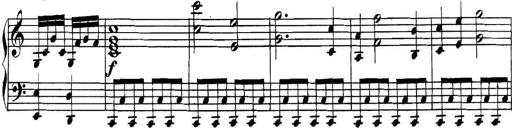
Title: Collected Piano Sonatas
Composer: Muzio Clementi